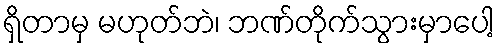
ရှိတာမှ မဟုတ်ဘဲ၊ ဘဏ်တိုက်သွားမှာပေါ့